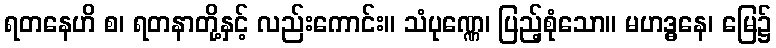
ရတနေဟိ စ၊ ရတနာတို့နှင့် လည်းကောင်း။ သံပုဏ္ဏေ၊ ပြည့်စုံသော။ မဟဒ္ဓနေ၊ မြေ၌